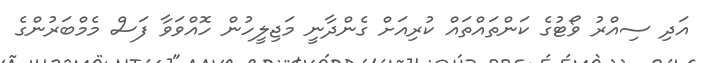
އަދި ސިއްރު ވޯޓުގެ ކަންތައްތައް ކުރިއަށް ގެންދާނީ މަޖިލީހުން ހޮއްވަވާ ފަސް މެމްބަރުންގެ